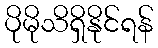
ပိုမိုသိရှိနိုင်ရန်